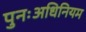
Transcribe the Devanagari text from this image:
पुनःअधिनियम